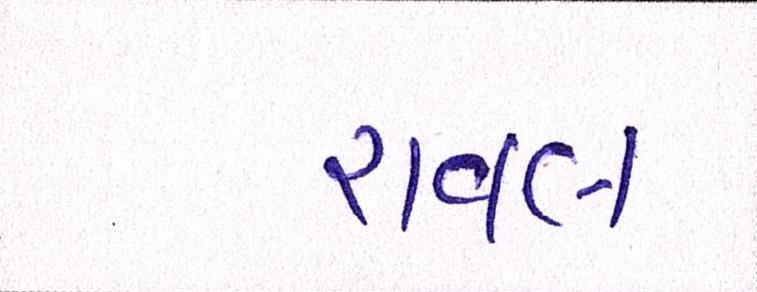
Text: રાવલ